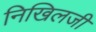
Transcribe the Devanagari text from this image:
निखिलजी